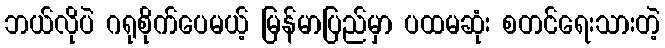
ဘယ်လိုပဲ ဂရုစိုက်ပေမယ့် မြန်မာပြည်မှာ ပထမဆုံး စတင်ရေးသားတဲ့